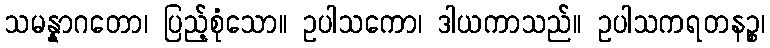
သမန္နာဂတော၊ ပြည့်စုံသော။ ဥပါသကော၊ ဒါယကာသည်။ ဥပါသကရတနဉ္စ၊